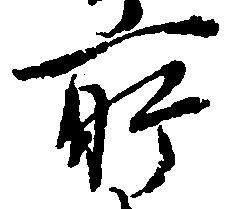
所